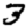
Digit: 3